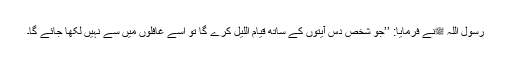
رسول اللہ ﷺنے فرمایا: ’’جو شخص دس آیتوں کے ساتھ قیام اللیل کرے گا تو اسے غافلوں میں سے نہیں لکھا جائے گا۔